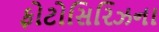
ફોટોસિરિઝના